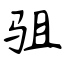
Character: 驵